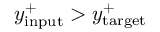
y _ { \mathrm { i n p u t } } ^ { + } > y _ { \mathrm { t a r g e t } } ^ { + }